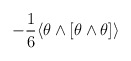
\begin{align*}-\frac16 \langle \theta \wedge [\theta\wedge \theta]\rangle\end{align*}